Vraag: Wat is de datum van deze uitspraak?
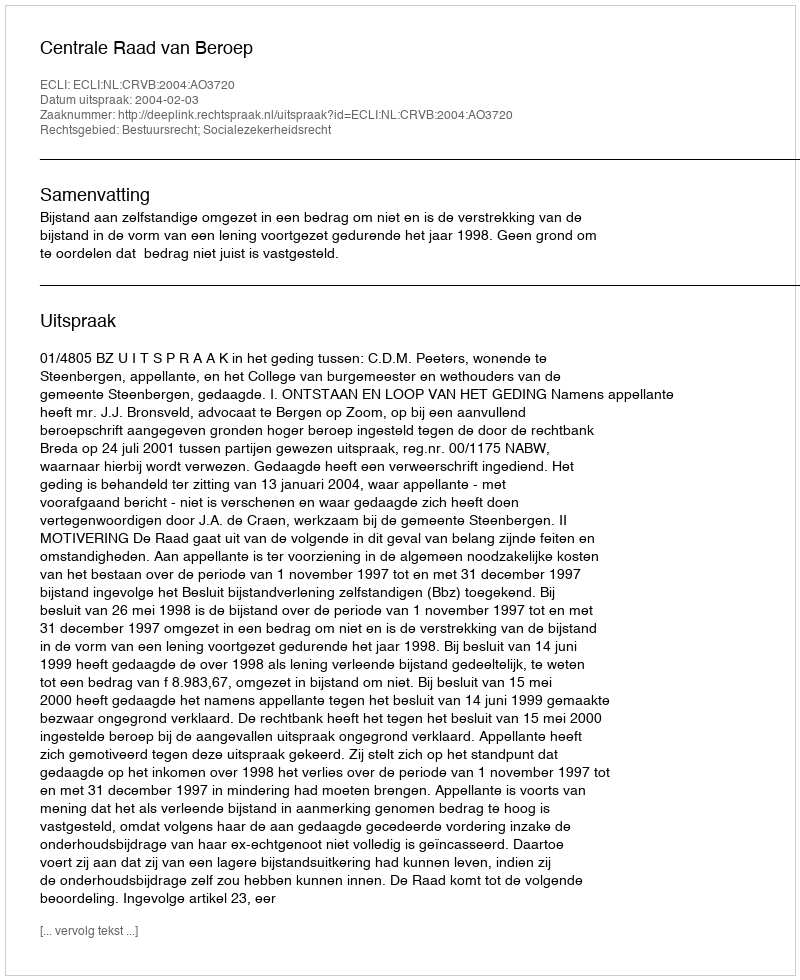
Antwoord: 2004-02-03